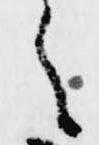
之